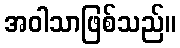
အဝါသာဖြစ်သည်။